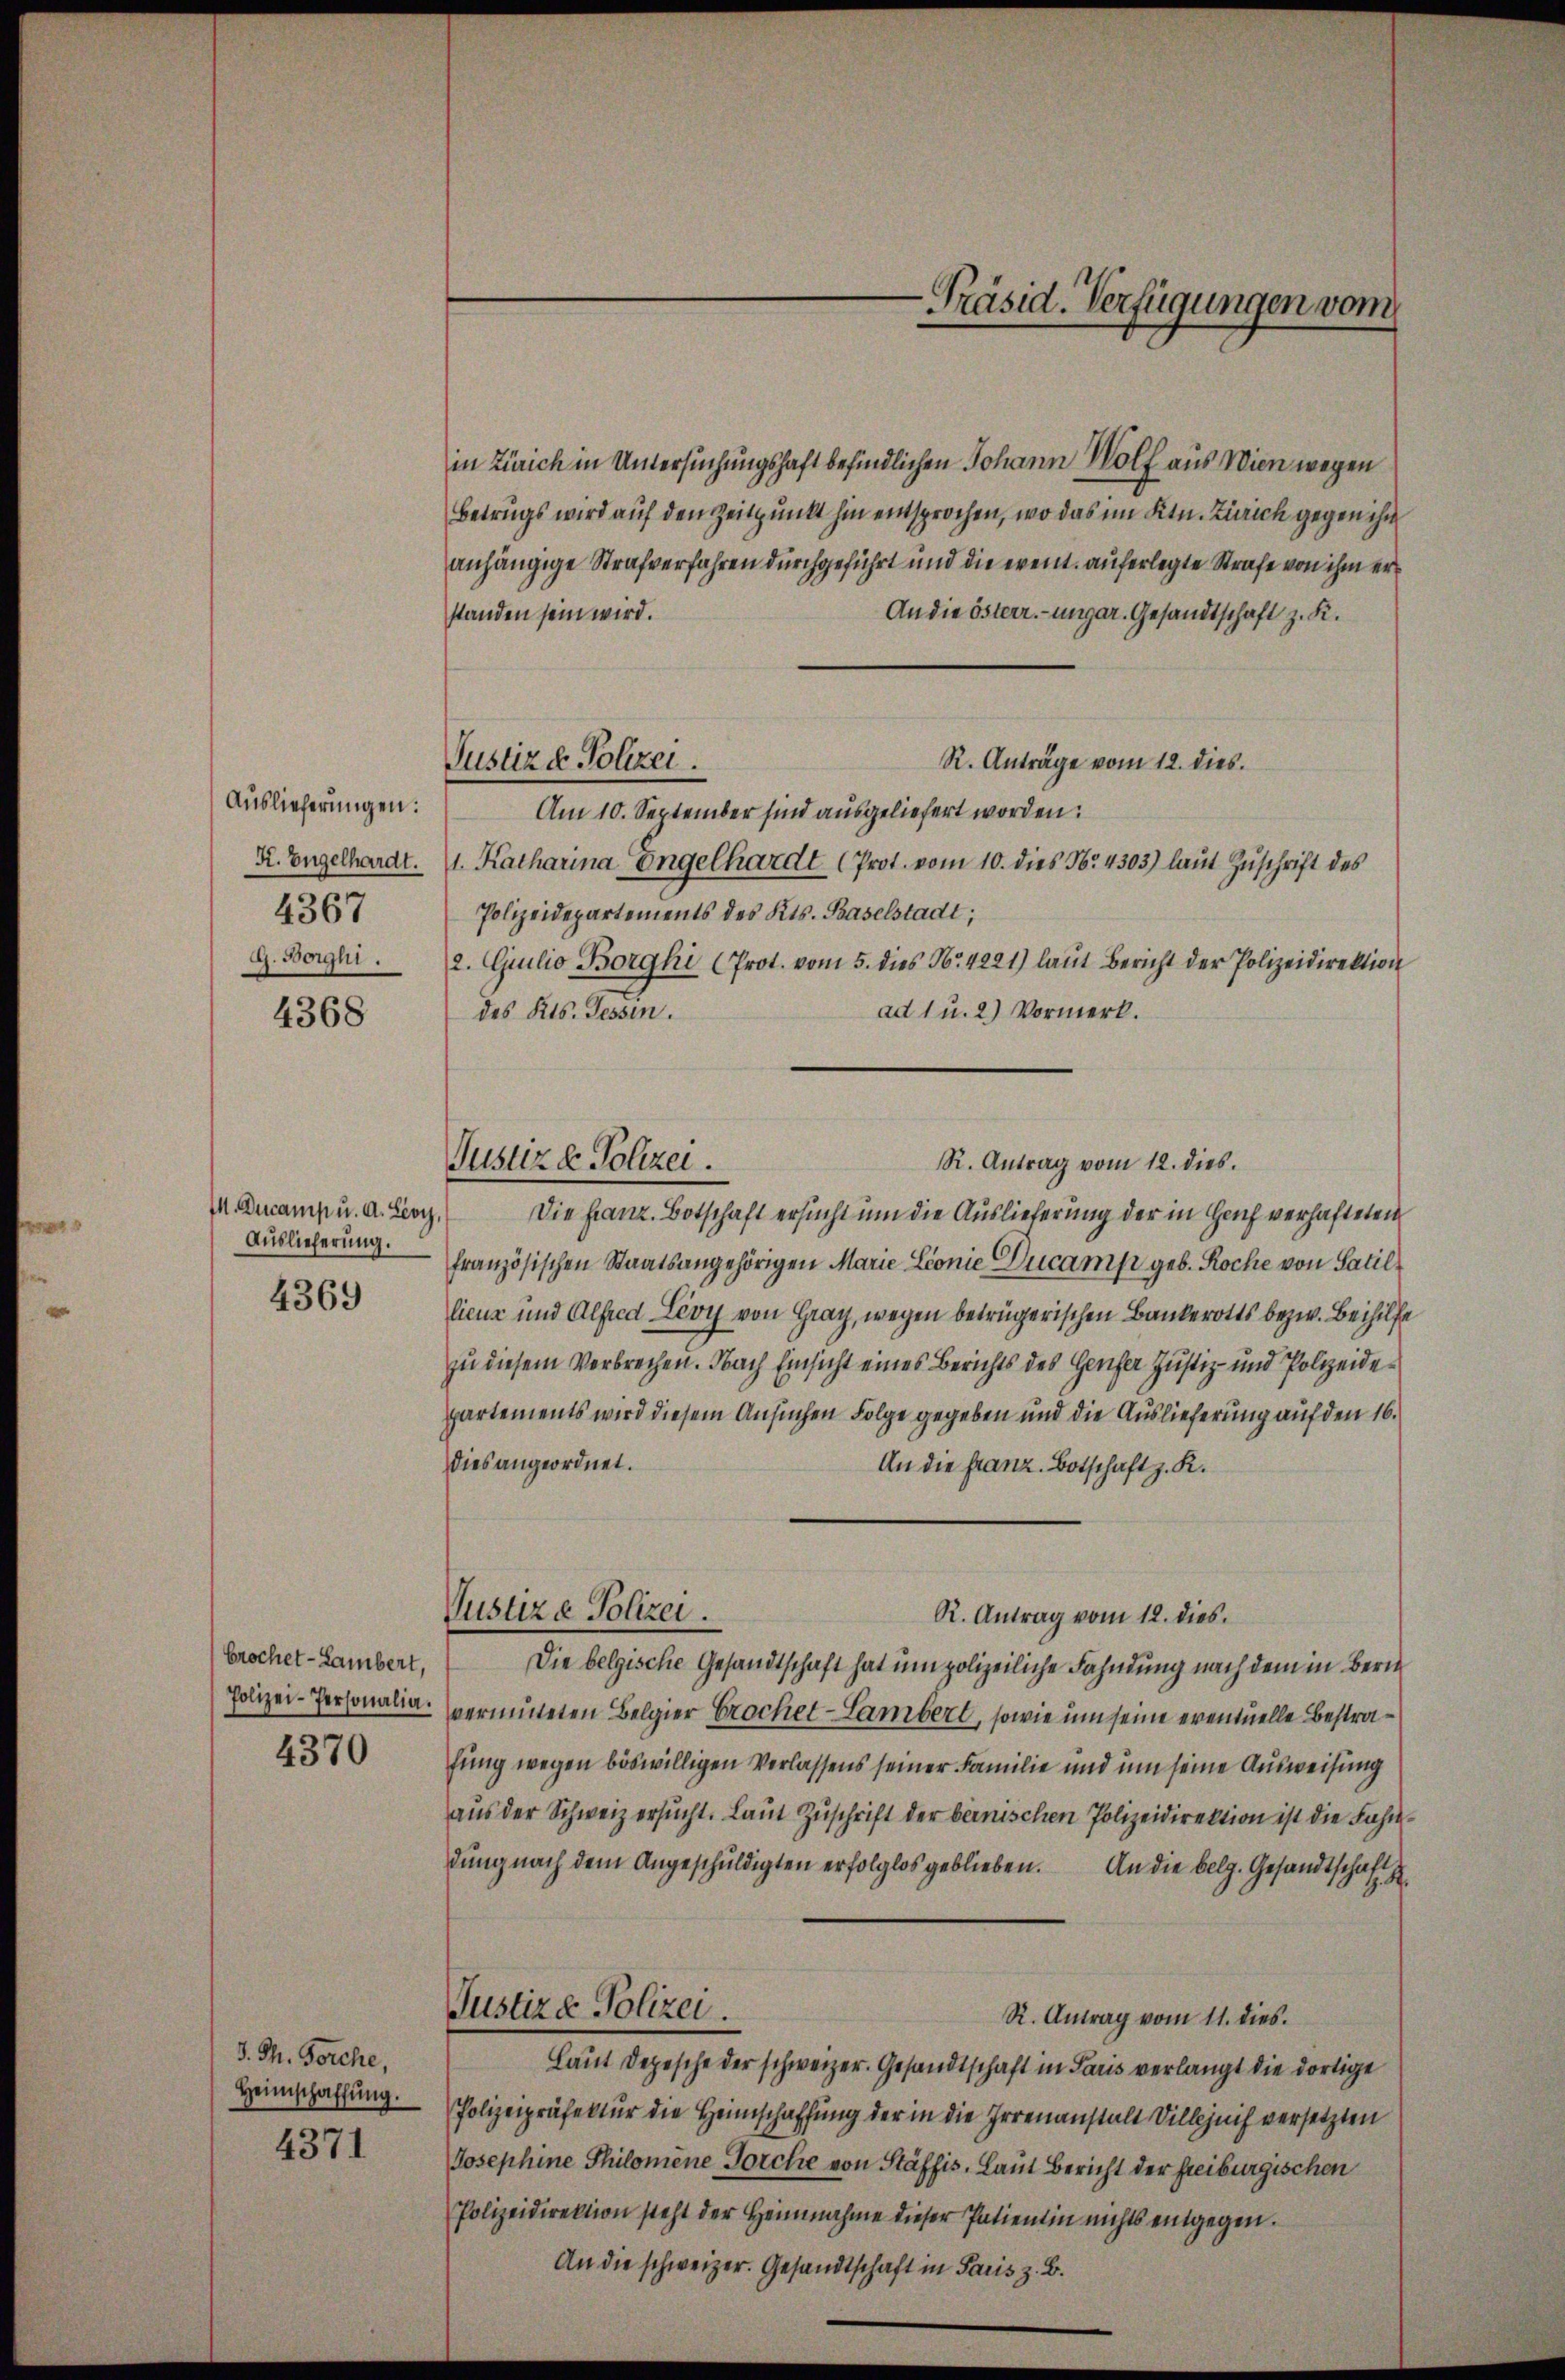
Auslieferungen:
4367
G. Borghi.

4368

I Ducamp u. A. Lioy,
Auslieferung.
4369

brochet - Lambert,
Polizei-Personalia.

4370

d. Th. Forche,
Heimschaffung.

4371

Justiz d. Polizei.

in Zürich in Untersuchungshaft befindlichen Johann Wölf aus Wien wegen
Betrugs wird auf den Zeitpunkt hin entsprochen, wo das im Ktn. Zürich gegen ihn
anhängige Strafverfahren durchgeführt und die event. auferlegte Strafe von ihm er
standen sein wird.
An die österr.-ungar. Gesandtschaft z. K.
R. Anträge vom 12. dies.
Am 10. September sind ausgeliefert worden.
Z. Engelhardt. (1. Katharina Engelhardt (Prot. vom 10. dies No. 4303) laut Zuschrift des
Polizeidepartements des Kts. Baselstadt;
2. Giulio Borghi (Prot. vom 5. dies No. 4221) laut Bericht der Polizeidirektion
des Kts. Tessin.
ad 1 u. 2) Vormerk.

Justiz & Polizei.

Vustiza Polizei.

-Präsid. Verfügungen vom

R. Antrag vom 12. dies.

Die Franz. Botschaft ersucht um die Auslieferung der in Haus verhafteten
französischen Staatsangehörigen Marie Lionie Ducamp geb. Roche von Satil
lienz und Alfred Lévy von Gray, wegen betrügerischen Bankerotts bezw. Beihilfe
zu diesem Verbrechen. Nach Einsicht eines Berichts des Gener Justiz- und Polizeidepartements wird diesem Ansuchen Folge gegeben und die Auslieferung auf den 16.
dies angeordnet.
An die Franz. Botschaft z. R.
R. Antrag vom 12. dies
Die belgische Gesandtschaft hat um polizeiliche Fahndung nach dem in Beri
vermuteten Belgier Erochet-Lambert, sowie um seine eventuelle Bestrafung wegen böswilligen Verlassens seiner Familie und um seine Ausweisung
aus der Schweiz ersucht. Laut Zuschrift der bernischen Polizeidirektion ist die Fahrdung nach dem Angeschuldigten erfolglos geblieben. An die belg. Gesandtschaft
Justiz & Polizei.
R. Antrag vom 11. dies.
Laut Depesche der schweizer. Gesandtschaft in Paris verlangt die dortige
Polizeipräfektur die Heimschaffung der in die Irrenanstalt Villezeich versetzten
Josephine Philomene Forche von Stäffis, Laut Bericht der freiburgischen
Polizeidirektion steht der Heinnahme dieser Patientin nichts entgegen.
An die schweizer. Gesandtschaft in Paris z. B.